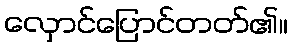
လှောင်ပြောင်တတ်၏။